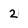
Character: 2